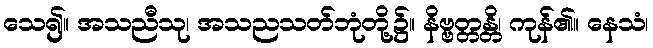
သေ၍။ အသညီသု၊ အသညသတ်ဘုံတို့၌။ နိဗ္ဗတ္တန္တိ၊ ကုန်၏။ နေသံ၊